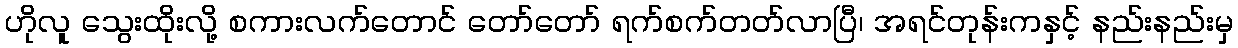
ဟိုလူ သွေးထိုးလို့ စကားလက်တောင် တော်တော် ရက်စက်တတ်လာပြီ၊ အရင်တုန်းကနှင့် နည်းနည်းမှ